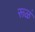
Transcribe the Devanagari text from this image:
रूळं